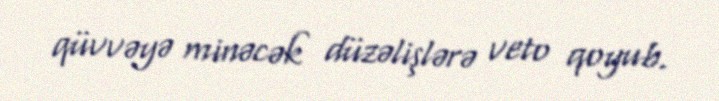
qüvvəyə minəcək düzəlişlərə veto qoyub.